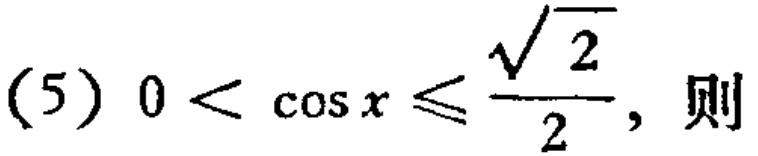
(5) \(0 < \cos x \leq \frac{\sqrt{2}}{2}\)，则